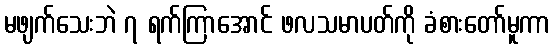
မဖျက်သေးဘဲ ၇ ရက်ကြာအောင် ဖလသမာပတ်ကို ခံစားတော်မူကာ